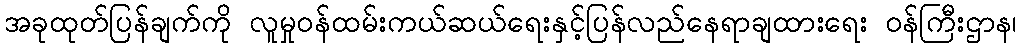
အခုထုတ်ပြန်ချက်ကို လူမှုဝန်ထမ်းကယ်ဆယ်ရေးနှင့်ပြန်လည်နေရာချထားရေး ဝန်ကြီးဌာန၊